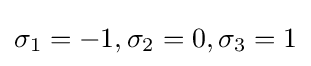
\sigma _{1}=-1,\sigma _{2}=0,\sigma _{3}=1